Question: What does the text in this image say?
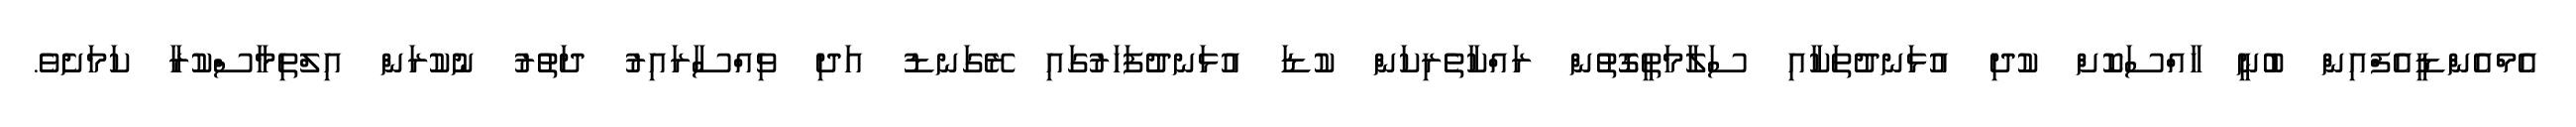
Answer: އެމްއެންޑީއެފްއިން ބުނީ ހާއްސަކޮށް ކުދި އުޅަނދުތަކާއި ސަލާމަތީގޮތުން ރައްކާތެރިކަން ކުޑަ އުޅަނދުފަހަރުގައި ރޭގަނޑު އަދި ވިއްސާރައިރު ދަތުރު ނުކުރަން އިލްތިމާސްކުރާ ކަމަށެވެ.